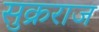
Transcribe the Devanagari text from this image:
सुक्रराज